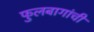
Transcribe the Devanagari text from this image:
फुलबागांची